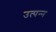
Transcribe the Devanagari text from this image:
उत्‍पन्‍न्‍ा